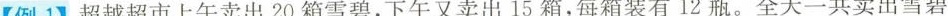
【例1】超越超市上午卖出20箱雪碧，下午又卖出15箱，每箱装有12瓶。全天一共卖出雪碧